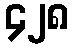
၄၂၈